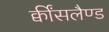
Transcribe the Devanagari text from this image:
क्वींसलैण्ड